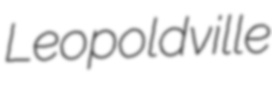
Leopoldville